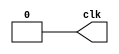
module clock(clk);
  output clk;
  reg clk;
  specparam dhigh=0, dlow=0;

  initial clk = 0;

  always
    begin
      #dhigh clk = 1; // Clock remains low for time dlow
                      // before transitioning to 1
      #dlow  clk = 0; // Clock remains high for time dhigh
                      // before transitioning to 0
    end // BUG: ;
endmodule